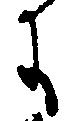
に